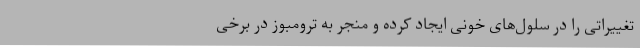
تغییراتی را در سلول‌های خونی ایجاد کرده و منجر به ترومبوز در برخی